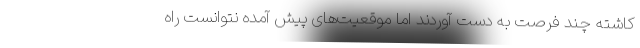
کاشته چند فرصت به دست‌ آوردند اما موقعیت‌های پیش آمده نتوانست راه